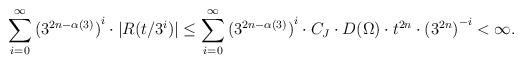
LaTeX: \begin{align*}\sum_{i=0} ^\infty {(3^{2n- \alpha(3)})}^i \cdot |R(t/3^i)| \leq \sum_{i=0} ^\infty {(3^{2n- \alpha(3)})}^i \cdot C_J \cdot D(\Omega) \cdot t^{2n} \cdot {(3^{2n})}^{-i} < \infty.\end{align*}